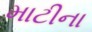
માટીના